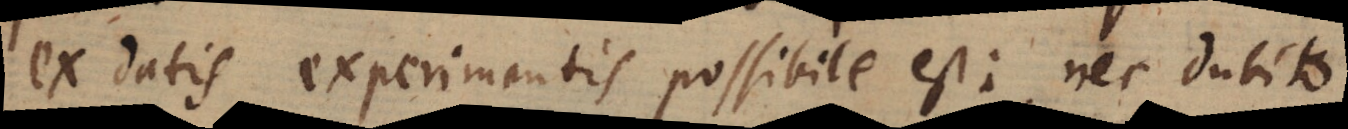
ex datis experimentis possibile est; nec dubito